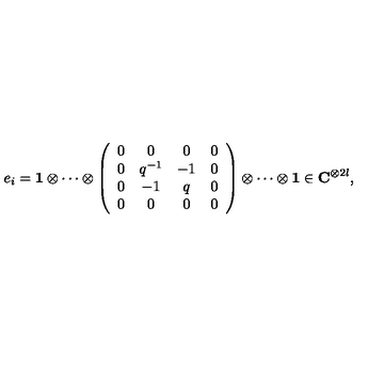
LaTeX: e _ { i } = { \bf 1 } \otimes \cdots \otimes \left( \begin{array} { c c c c } { 0 } & { 0 } & { 0 } & { 0 } \\ { 0 } & { q ^ { - 1 } } & { - 1 } & { 0 } \\ { 0 } & { - 1 } & { q } & { 0 } \\ { 0 } & { 0 } & { 0 } & { 0 } \\ \end{array} \right) \otimes \cdots \otimes { \bf 1 } \in { \bf C } ^ { \otimes 2 l } ,